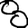
Digit: 8